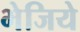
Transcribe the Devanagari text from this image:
भेजिये